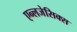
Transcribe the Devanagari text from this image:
एन्लजेसिक्स